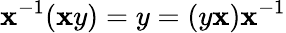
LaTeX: \mathbf{x}^{-1}(\mathbf{x}y)=y=(y\mathbf{x})\mathbf{x}^{-1}